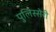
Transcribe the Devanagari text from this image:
पुलिस्सेरी